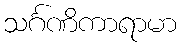
သင်္ဂဏိကာရာမာ